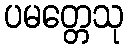
ပမတ္တေသု